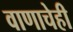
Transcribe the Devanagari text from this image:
वाणाचेही